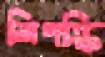
লিপস্কি